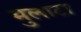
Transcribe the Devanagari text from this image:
मुलाटा